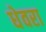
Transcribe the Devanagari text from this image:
धेवरा